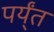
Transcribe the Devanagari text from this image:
पर्य्ंत